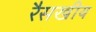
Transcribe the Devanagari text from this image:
रैसखीय